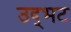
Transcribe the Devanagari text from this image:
उद्‌भट